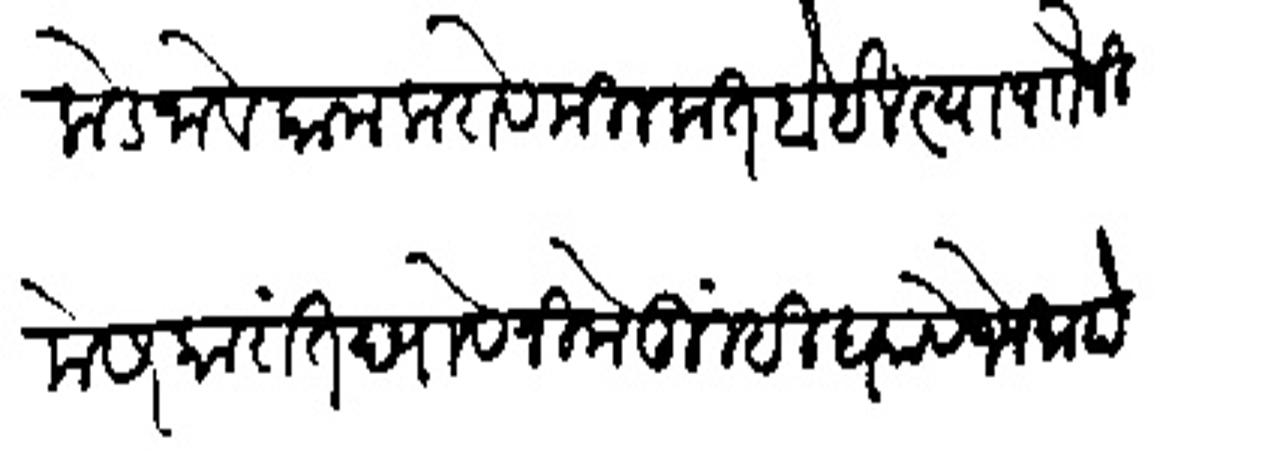
Transliteration (Devanagari): तिकडे जाये काम करावे मिलकत होईल त्या पौा निमें सरकारांत द्यावें निमे तुम्ही घ्यावे जे जमा होईल